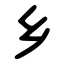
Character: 乡